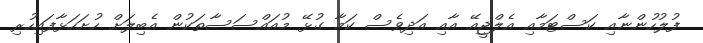
ފުލުހުންނާއި ކަސްޓަމާއި އެލްޖީއޭ އާއި އަދިވެސް ކަމާ ގުޅޭ މުއައްސަސާތަކުން އެބިލަށް ހުށަހަޅާފައިހުރި